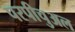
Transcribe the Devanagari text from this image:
परपीचुअल